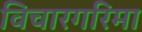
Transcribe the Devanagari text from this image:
विचारगरिमा